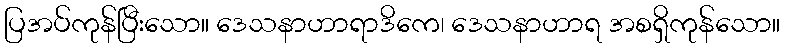
ပြအပ်ကုန်ပြီးသော။ ဒေသနာဟာရာဒိကေ၊ ဒေသနာဟာရ အစရှိကုန်သော။